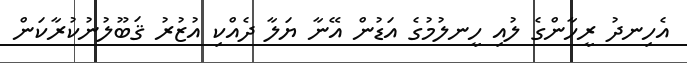
އެހިނދު ރީހާންގެ ލުއި ހީނލުމުގެ އަޑުން އޭނާ ޔަލާ ދެއްކި އުޒުރު ޤަބޫލުނުކުރާކަން